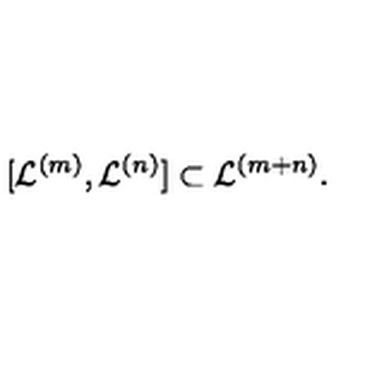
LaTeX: [ { \mathcal L } ^ { ( m ) } , { \mathcal L } ^ { ( n ) } ] \subset { \mathcal L } ^ { ( m + n ) } .